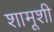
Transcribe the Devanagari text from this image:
शामूशी